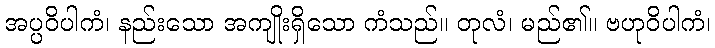
အပ္ပဝိပါကံ၊ နည်းသော အကျိုးရှိသော ကံသည်။ တုလံ၊ မည်၏။ ဗဟုဝိပါကံ၊